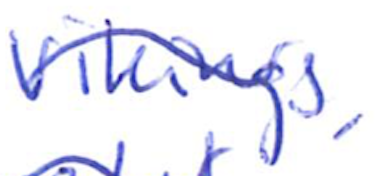
Text: Vikings,
Cross-out: wave
Writing tool: ballpoint